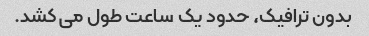
بدون ترافیک، حدود یک ساعت طول می کشد.